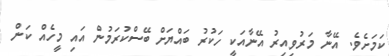
ކަމަށެވެ. އޭނާ މަރުވިއިރު އޭނާއަކީ ހަކުރު ބައްޔަށް ބޭސްކުރަމުން އައި މީހެއް ކަން